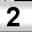
Digit: 2